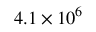
4 . 1 \times 1 0 ^ { 6 }